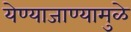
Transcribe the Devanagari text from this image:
येण्याजाण्यामुळे